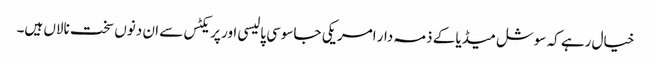
خیال رہے کہ سوشل میڈیا کے ذمہ دار امریکی جاسوسی پالیسی اور پریکٹس سے ان دنوں سخت نالاں ہیں۔